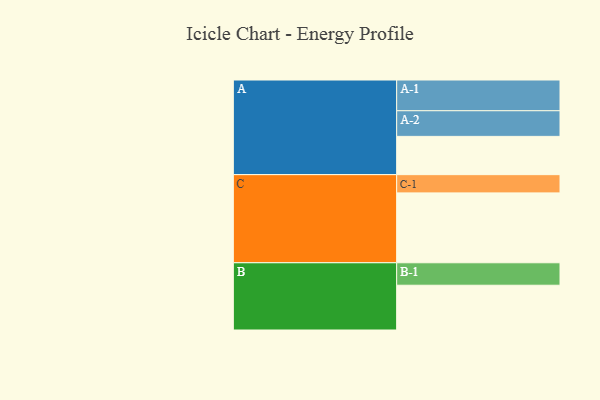
{"axis": {"x": "Segment", "y": "Value"}, "legend": ["", "A", "B", "C"], "data": [{"x": "A", "y": 300, "type": ""}, {"x": "B", "y": 351, "type": ""}, {"x": "C", "y": 548, "type": ""}, {"x": "A-1", "y": 241, "type": "A"}, {"x": "A-2", "y": 201, "type": "A"}, {"x": "B-1", "y": 176, "type": "B"}, {"x": "C-1", "y": 143, "type": "C"}]}